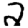
Digit: 2